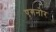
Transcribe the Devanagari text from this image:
एगनोर